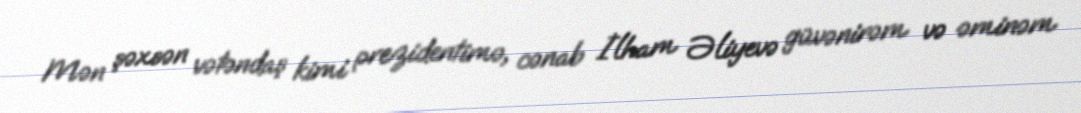
Mən şəxsən vətəndaş kimi prezidentimə, cənab İlham Əliyevə güvənirəm və əminəm